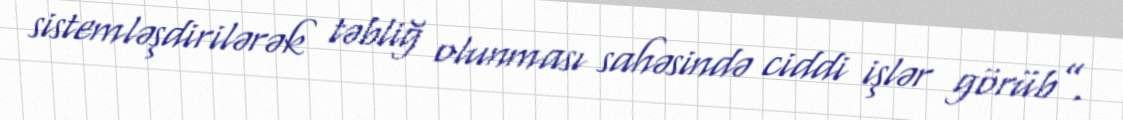
sistemləşdirilərək təbliğ olunması sahəsində ciddi işlər görüb”.